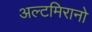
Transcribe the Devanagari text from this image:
अल्टमिरानो